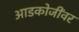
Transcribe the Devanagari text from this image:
आडकोजींवर